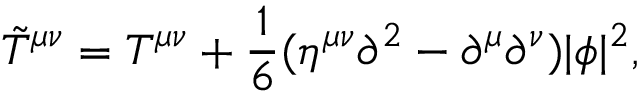
{ \tilde { T } } ^ { \mu \nu } = T ^ { \mu \nu } + { \frac { 1 } { 6 } } ( \eta ^ { \mu \nu } \partial ^ { 2 } - \partial ^ { \mu } \partial ^ { \nu } ) | \phi | ^ { 2 } ,